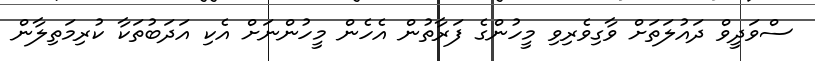
ސްވަދީވް ދައުލަތަށް ވާގިވެރިވި މީހުންގެ ފަރާތުން އެހެން މީހުންނަށް އެކި އަދަބުތަކާ ކުރިމަތިލާން